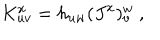
K _ { u v } ^ { x } = h _ { u w } ( J ^ { x } ) _ { v } ^ { w } \ ,